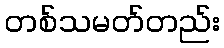
တစ်သမတ်တည်း